Annual report on the lock hospitals of the Madras Presidency
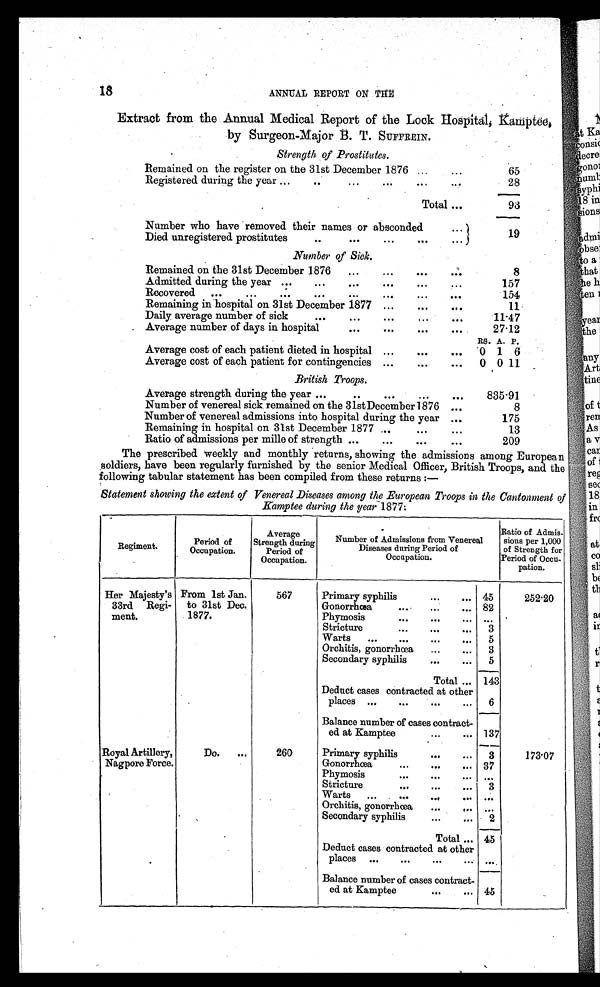
18
ANNUAL REPORT ON THE
Extract from the Annual Medical Report of the Lock Hospital,
Kamptee, by Surgeon-Major B. T. SUFFREIN.
Strength of Prostitutes.
Remained on the register on the 31st December 1876 ...
. . .
65
Registered during the year ...
..
. ... ..
. . . .
28
Total ...
93
Number who have removed their names or absconded
Died unregistered prostitutes
..
...
. . . ...
...
19
Number of Sick.
Remained on the 31st December 1876
...
...
...
. . .
. . .
8
Admitted during the year ...
...
...
. . .
.. .
.. .
157
Recovered
...
...
...
...
...
. . .
...
. . .
154
Remaining in hospital on 31st December 1877 ...
. . .
.. .
11
Daily average number of sick
...
...
. . .
. .
. . .
11.47
Average number of days in hospital
...
...
. . .
. . .
27.12
RS. A. P.
Average cost of each patient dieted in hospital ...
...
...
0 1 6
Average cost of each patient for contingencies ...
. . .
. . .
0 0 11
British Troops.
Average strength during the year ...
..
...
...
. . .
835.91
Number of venereal sick remained on the 31st December 1876 ...
8
Number of venereal admissions into hospital during the year ...
175
Remaining in hospital on 31st December 1877 ...
...
...
13
Ratio of admissions per mille of strength ...
...
...
. . .
209
The prescribed weekly and monthly returns, showing the admissions among European
soldiers, have been regularly furnished by the senior Medical Officer, British Troops, and the
following tabular statement has been compiled from these returns:—
Statement showing the extent of Venereal Diseases among the European Troops in the Cantonment of
Kamptee during the year 1877.
Regiment.
Period of
Occupation.
Average
Strength during
Period
of Occupati on.
Number of Admissions from Venereal
Diseases during Period of
Occupation.
Ratio of Admis
sions per 1,000
of Strength for
Period of Occu
pation.
Her Majesty's
33rd Reg
iment.
From 1st Jan.
to 31st Dec.
1877.
567
Primary syphilis
...
... 45
252.20
Gonorrhœa
... 82
Phymosis
...
...
... ...
Stricture
...
...
...
3
Warts
...
...
...
...
5
Orchitis, gonorrhœa
...
...
3
Secondary syphilis
...
...
5
Total ... 143
Deduct cases contracted at other
places ...
...
...
...
6
Balance number of cases contract-
ed at Kamptee... . . .
137
Royal Artillery,
Nagpore Force.
Do.
...
260
Primary syphilis
...
...
3
1 7 3 . 0 7
Gonorrhœa
...
...
... 37
Phymosis
...
...
... ...
Stricture
...
...
...
3
Warts
...
...
...
...
Orchitis, gonorrhœa
...
...
. ,
Secondary syphilis
...
...
2
.
Total ... 45
.
.
Deduct cases contracted at other
places ...
...
...
Balance number of cases contract-
ed at Kamptee
...
... 45